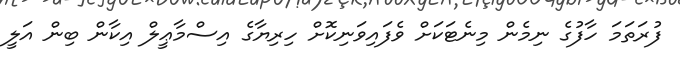
ފުރަތަމަ ހާފުގެ ނިމެން މިނެޓަކަށް ވެފައިވަނިކޮށް ހިރިޔާގެ އިސްމާޢީލް އިކާން ބިން އަލީ